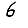
Digit: 6